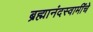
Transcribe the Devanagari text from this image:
ब्रह्मानंदस्वामींचे